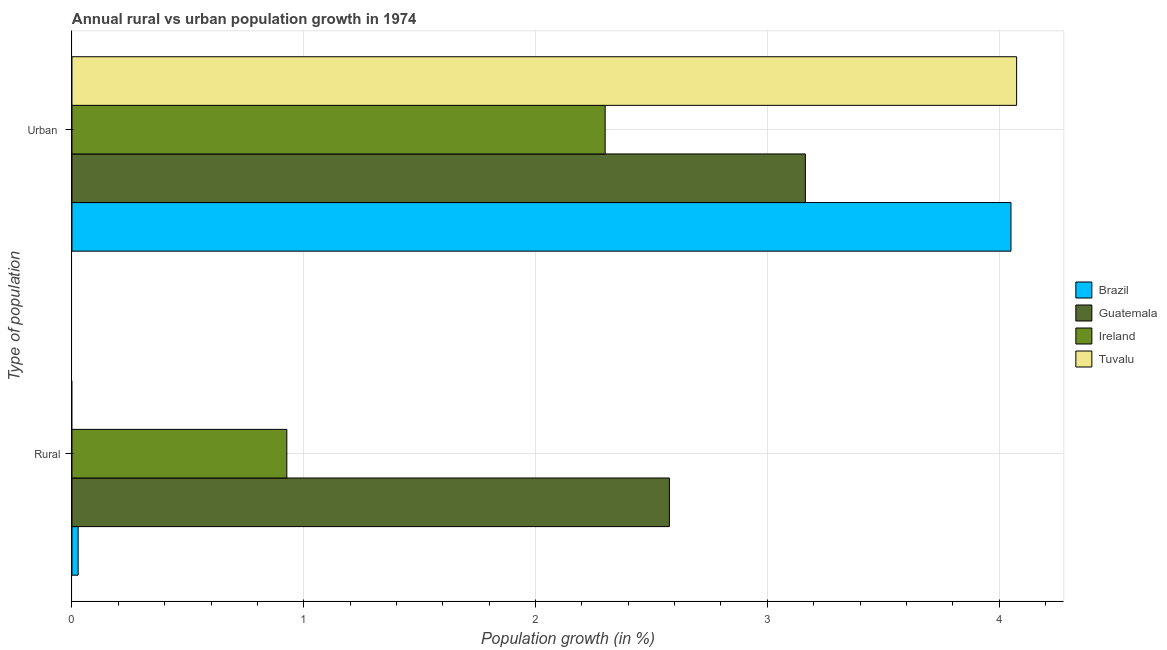
| Type of population | Brazil | Guatemala | Ireland | Tuvalu |
 | --- | --- | --- | --- | --- |
 | Rural | 0.0267 | 2.58 | 0.927 | -0.0175 |
 | Urban  | 4.05 | 3.16 | 2.3 | 4.08 |